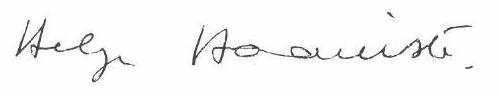
Helge Haavisto.